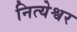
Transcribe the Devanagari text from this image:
नित्येश्वर